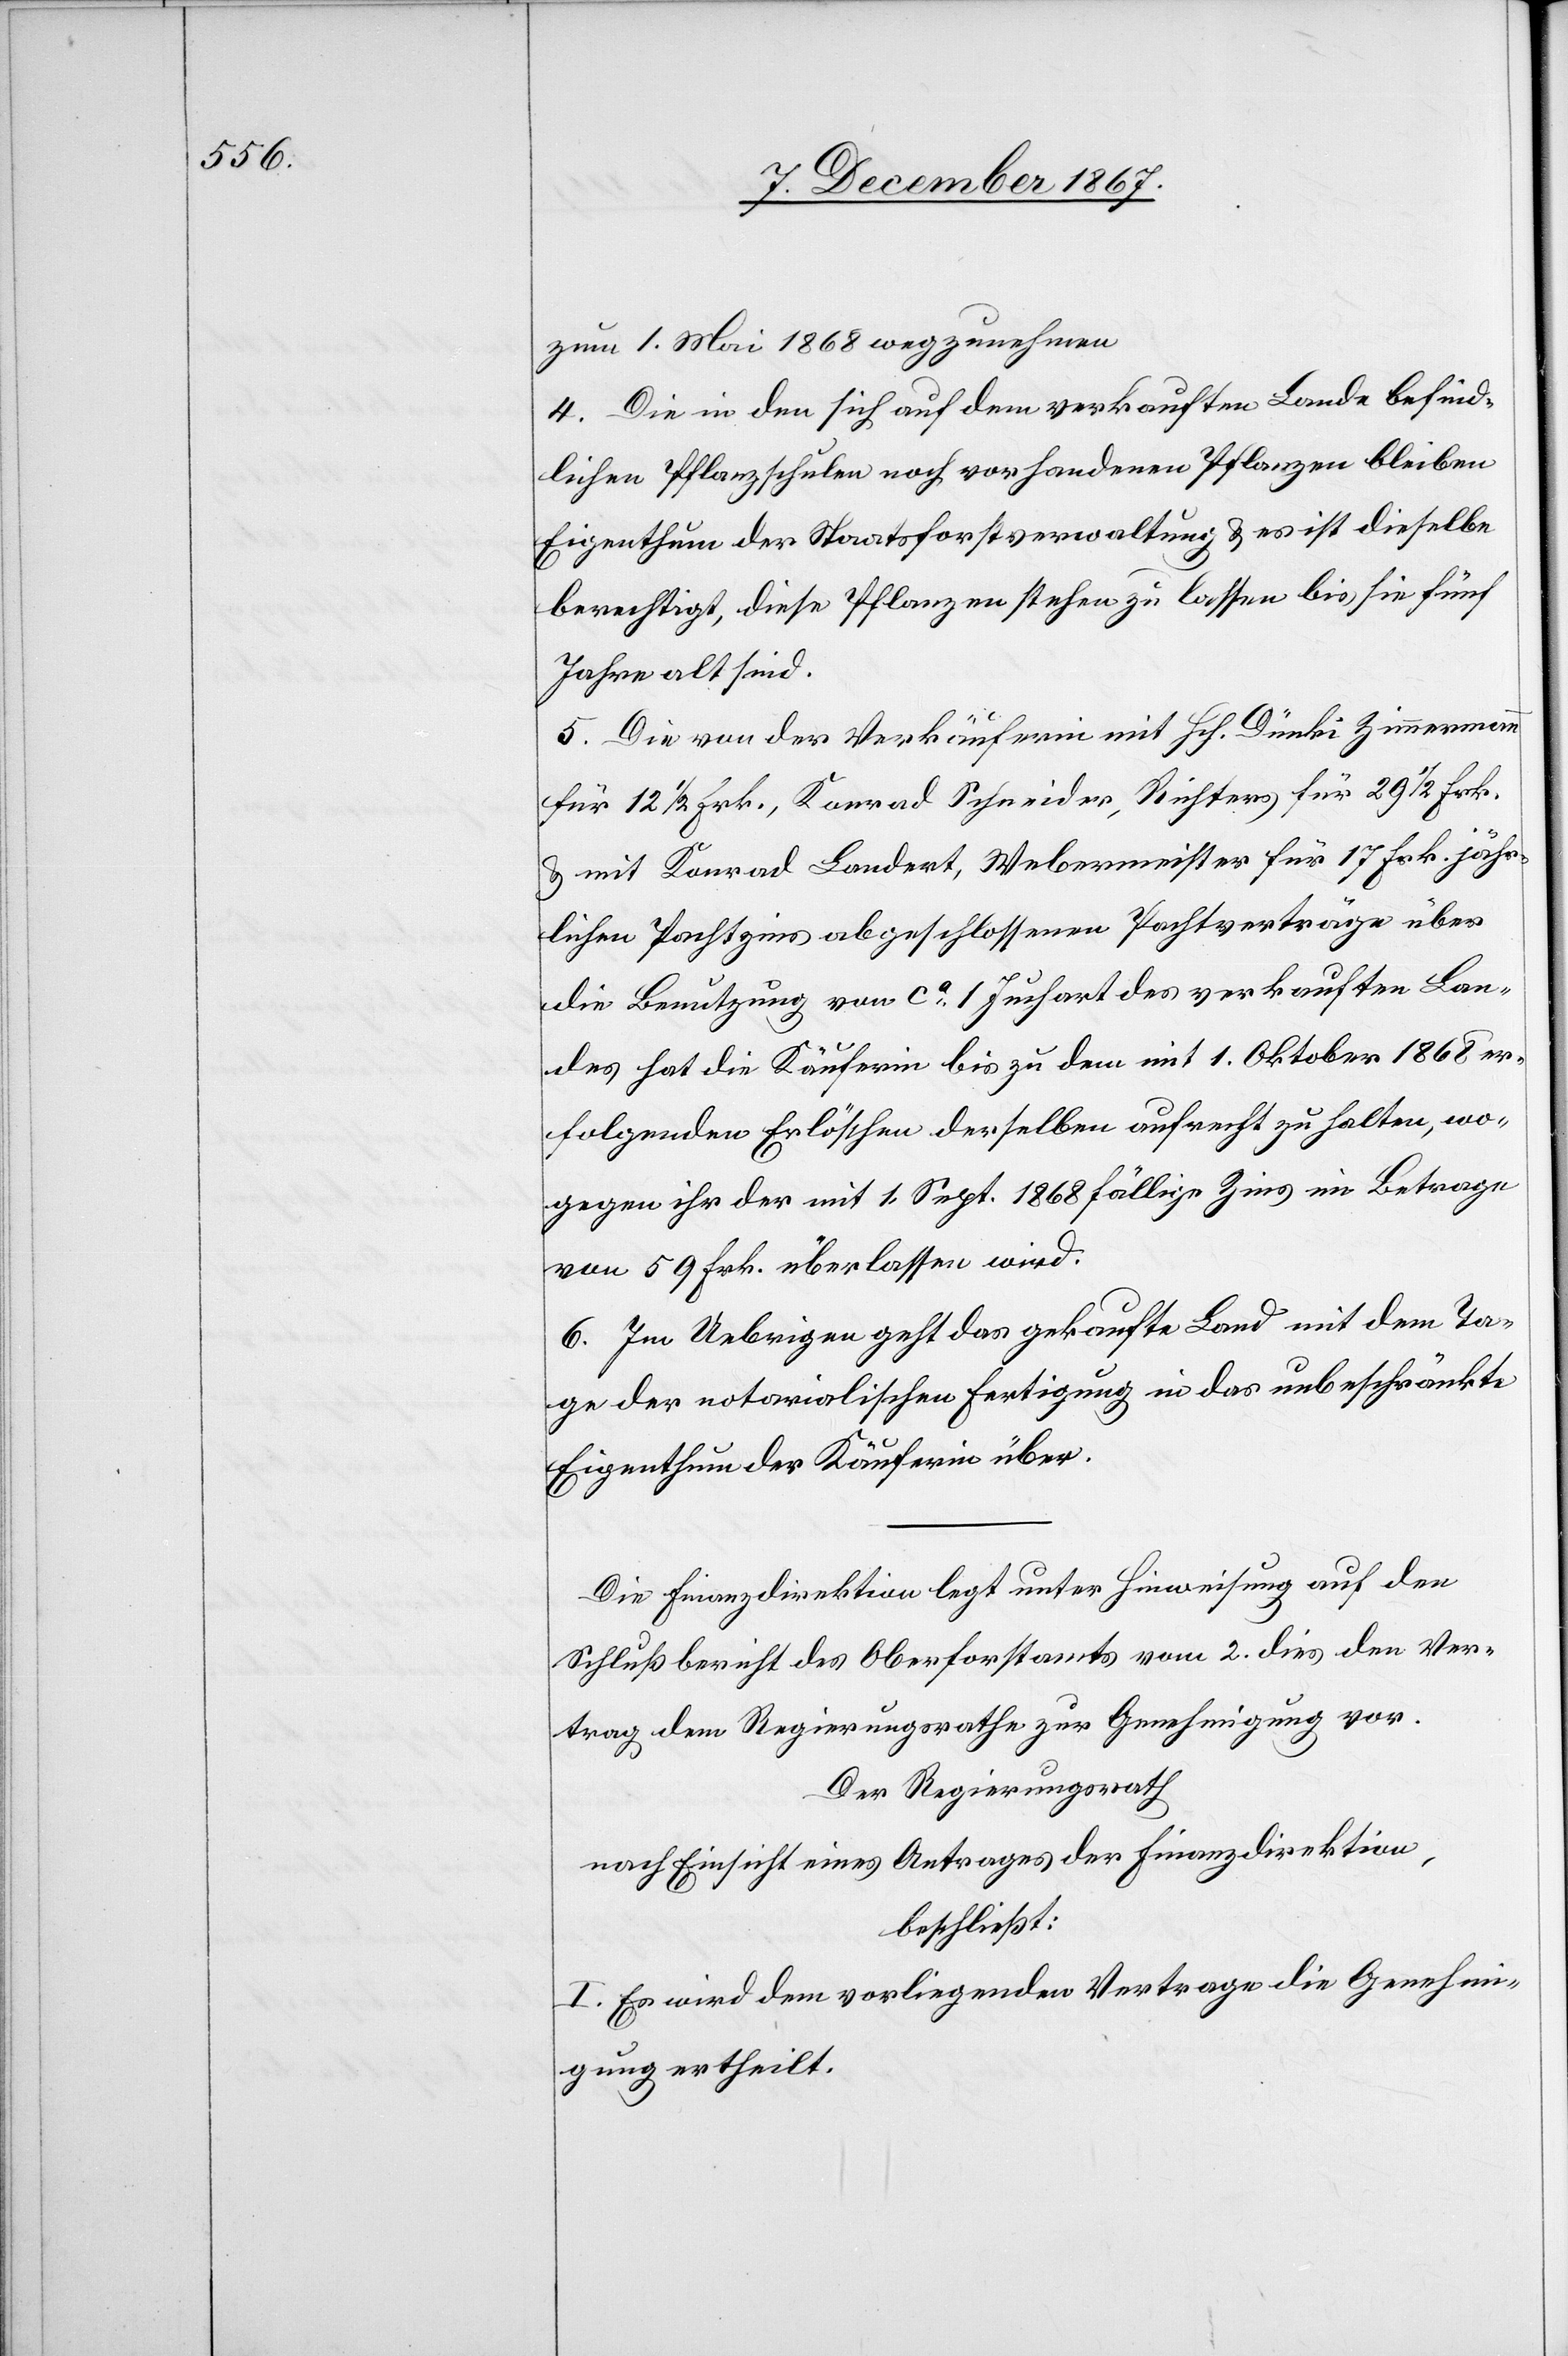
zum 1. Mai 1868 wegzunehmen.
4. Die in den sich auf dem verkauften Lande befind¬
lichen Pflanzschulen noch vorhandenen Pflanzen bleiben
Eigenthum der Staatsforstverwaltung u. es ist dieselbe
berechtigt, diese Pflanzen stehen zu lassen bis sie fünf
Jahre alt sind.
5. Die von der Verkäuferin mit Hch. Dünki Zimmermann
für 12½ Frk., Konrad Schneider, Richters für 29½ Frk.
u. mit Konrad Landert, Webermeister für 17 Frk. jähr¬
lichen Pachtzins abgeschlossenen Pachtverträge über
die Benutzung von ca. 1 Juchart des verkauften Lan¬
des hat die Käuferin bis zu dem mit 1. Oktober 1868 er¬
folgenden Erlöschen derselben aufrecht zu halten, wo¬
gegen ihr der mit 1. Sept 1868 fällige Zins im Betrage
von 59 Frk. überlassen wird.
6.Im Uebrigen geht das gekaufte Land mit dem Ta¬
ge der notarialischen Fertigung in das unbeschränkte
Eigenthum der Käuferin über.
Die Finanzdirektion legt unter Hinweisung auf den
Schlußbericht des Oberforstamtes vom 2. dies den Ver¬
trag dem Regierungsrathe zur Genehmigung vor.
Der Regierungsrath
nach Einsicht eines Antrages der Finanzdirektion,
beschließt:
I. Es wird dem vorliegenden Vertrage die Genehmi¬
gung ertheilt.